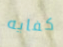
كفايه